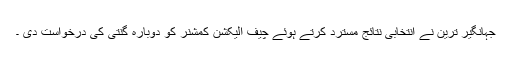
جہانگیر ترین نے انتخابی نتائج مسترد کرتے ہوئے چیف الیکشن کمشنر کو دوبارہ گنتی کی درخواست دی ۔